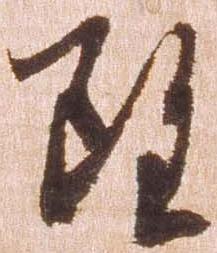
雖